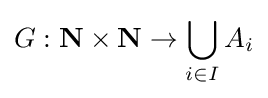
G:\mathbf {N} \times \mathbf {N} \to \bigcup _{i\in I}A_{i}